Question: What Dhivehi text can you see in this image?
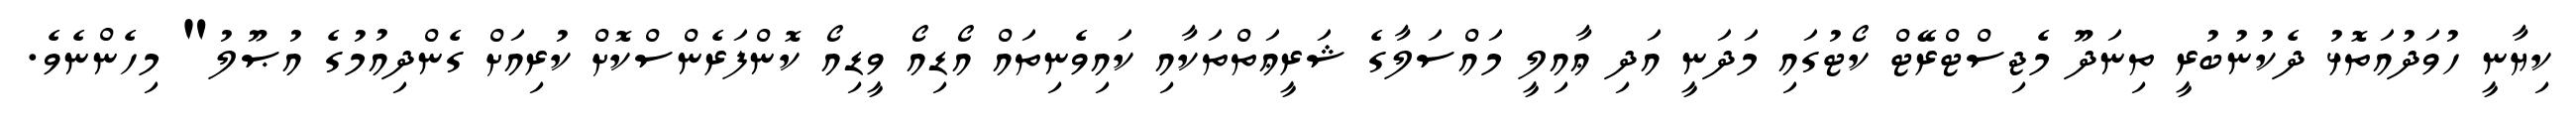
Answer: ކިޔާނީ ހުވަދުއަތޮޅު ދެކުނުބުރީ ތިނަދޫ މެޖިސްޓްރޭޓް ކޯޓުގައި މަދަނީ އަދި ޢާއިލީ މައްސަލާގެ ޝަރީޢަތްތަކާއި ކައިވެނިތައް އޯޑިއޯ ވީޑިއޯ ކޮންފަރެންސްކޮށް ކުރިއަށް ގެންދިއުމުގެ އުޞޫލު" މިހެންނެވެ.